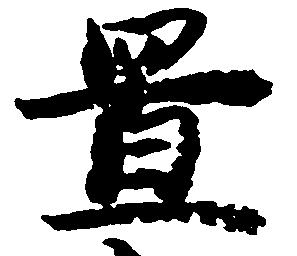
置